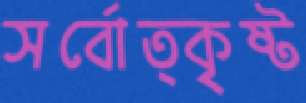
সর্বোত্কৃষ্ট